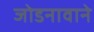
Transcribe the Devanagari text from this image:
जोडनावाने